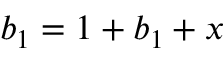
b _ { 1 } = 1 + b _ { 1 } + x